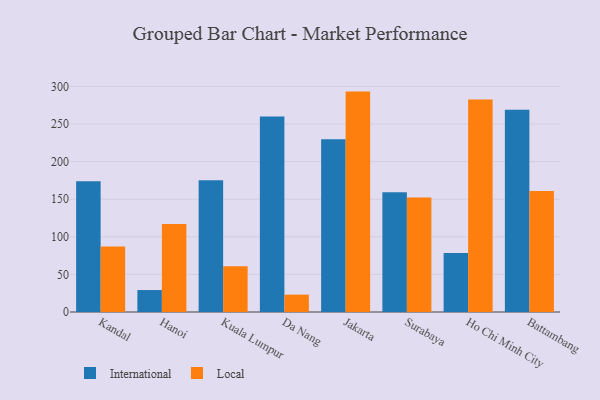
{"axis": {"x": "City", "y": "Production Output"}, "legend": ["International", "Local"], "data": [{"x": "Kandal", "y": 174.0, "type": "International"}, {"x": "Kandal", "y": 87.2, "type": "Local"}, {"x": "Hanoi", "y": 29.2, "type": "International"}, {"x": "Hanoi", "y": 117.1, "type": "Local"}, {"x": "Kuala Lumpur", "y": 175.3, "type": "International"}, {"x": "Kuala Lumpur", "y": 61.0, "type": "Local"}, {"x": "Da Nang", "y": 259.9, "type": "International"}, {"x": "Da Nang", "y": 23.1, "type": "Local"}, {"x": "Jakarta", "y": 229.7, "type": "International"}, {"x": "Jakarta", "y": 293.1, "type": "Local"}, {"x": "Surabaya", "y": 159.2, "type": "International"}, {"x": "Surabaya", "y": 152.3, "type": "Local"}, {"x": "Ho Chi Minh City", "y": 78.4, "type": "International"}, {"x": "Ho Chi Minh City", "y": 282.7, "type": "Local"}, {"x": "Battambang", "y": 269.0, "type": "International"}, {"x": "Battambang", "y": 160.8, "type": "Local"}]}